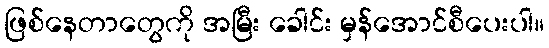
ဖြစ်နေတာတွေကို အမြီး ခေါင်း မှန်အောင်စီပေးပါ။